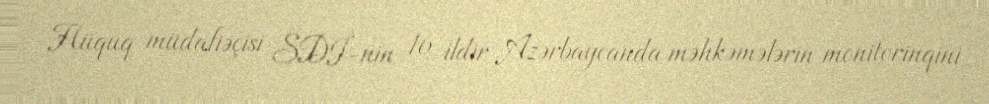
Hüquq müdafiəçisi SDİ-nin 16 ildir Azərbaycanda məhkəmələrin monitorinqini